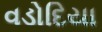
વડોદિયા